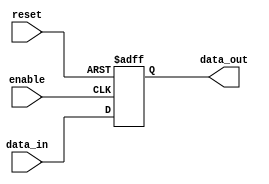
module bidirectional_buffer_gate(
    input data_in,
    output reg data_out,
    input enable,
    input reset
);

always @(posedge enable or posedge reset) begin
    if(reset) begin
        data_out <= 1'b0;
    end else begin
        if(enable) begin
            data_out <= data_in;
        end else begin
            data_out <= 1'bz;
        end
    end
end

endmodule